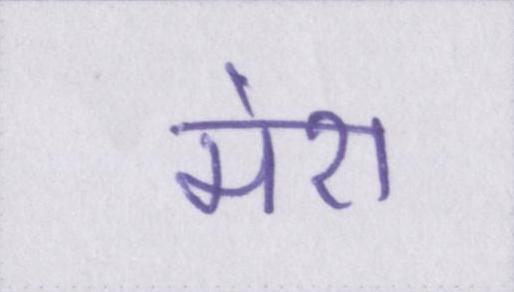
मेरा